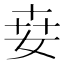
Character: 𡜦